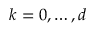
k = 0 , \dots , d